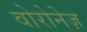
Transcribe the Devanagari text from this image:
वोरोनेज़